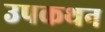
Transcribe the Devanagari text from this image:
उपकथन